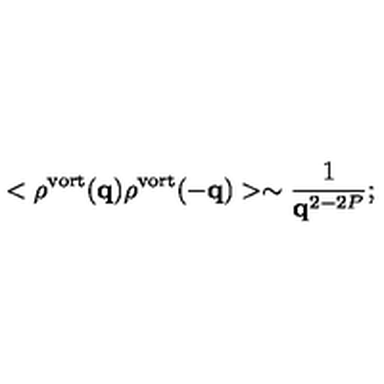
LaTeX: < \rho ^ { \mathrm { v o r t } } ( { \bf q } ) \rho ^ { \mathrm { v o r t } } ( { \bf - q } ) > \sim \frac { 1 } { { \bf q } ^ { 2 - 2 P } } ;